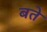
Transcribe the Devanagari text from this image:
बते